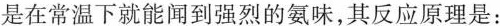
是在常温下就能闻到强烈的氨味，其反应原理是：